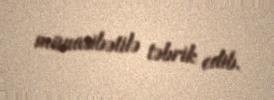
münasibətilə təbrik edib.